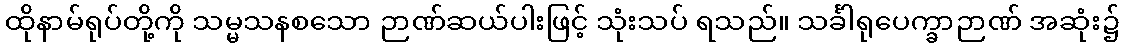
ထိုနာမ်ရုပ်တို့ကို သမ္မသနစသော ဉာဏ်ဆယ်ပါးဖြင့် သုံးသပ် ရသည်။ သင်္ခါရုပေက္ခာဉာဏ် အဆုံး၌